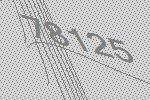
78125